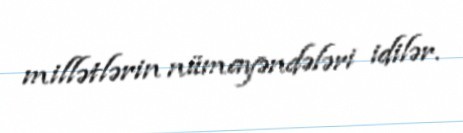
millətlərin nümayəndələri idilər.